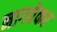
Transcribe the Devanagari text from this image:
नागवेकर